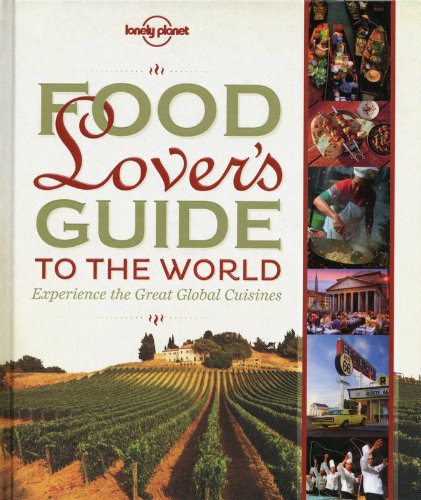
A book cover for Food Lover's Guide to the World: Experience the Great Global Cuisines (Lonely Planet Food and Drink); Mark Bittman; Travel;